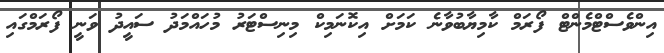
އިންވެސްޓްމެންޓް ފޯރަމް ކާމިޔާބުވާނެ ކަމަށް އިކޮނަމިކް މިނިސްޓަރު މުހައްމަދު ސައީދު ވަނީ ފޯރަމްގައި